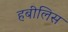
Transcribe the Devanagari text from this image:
हबीलिस